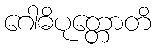
ဂေါဓိပုတ္တောတိ